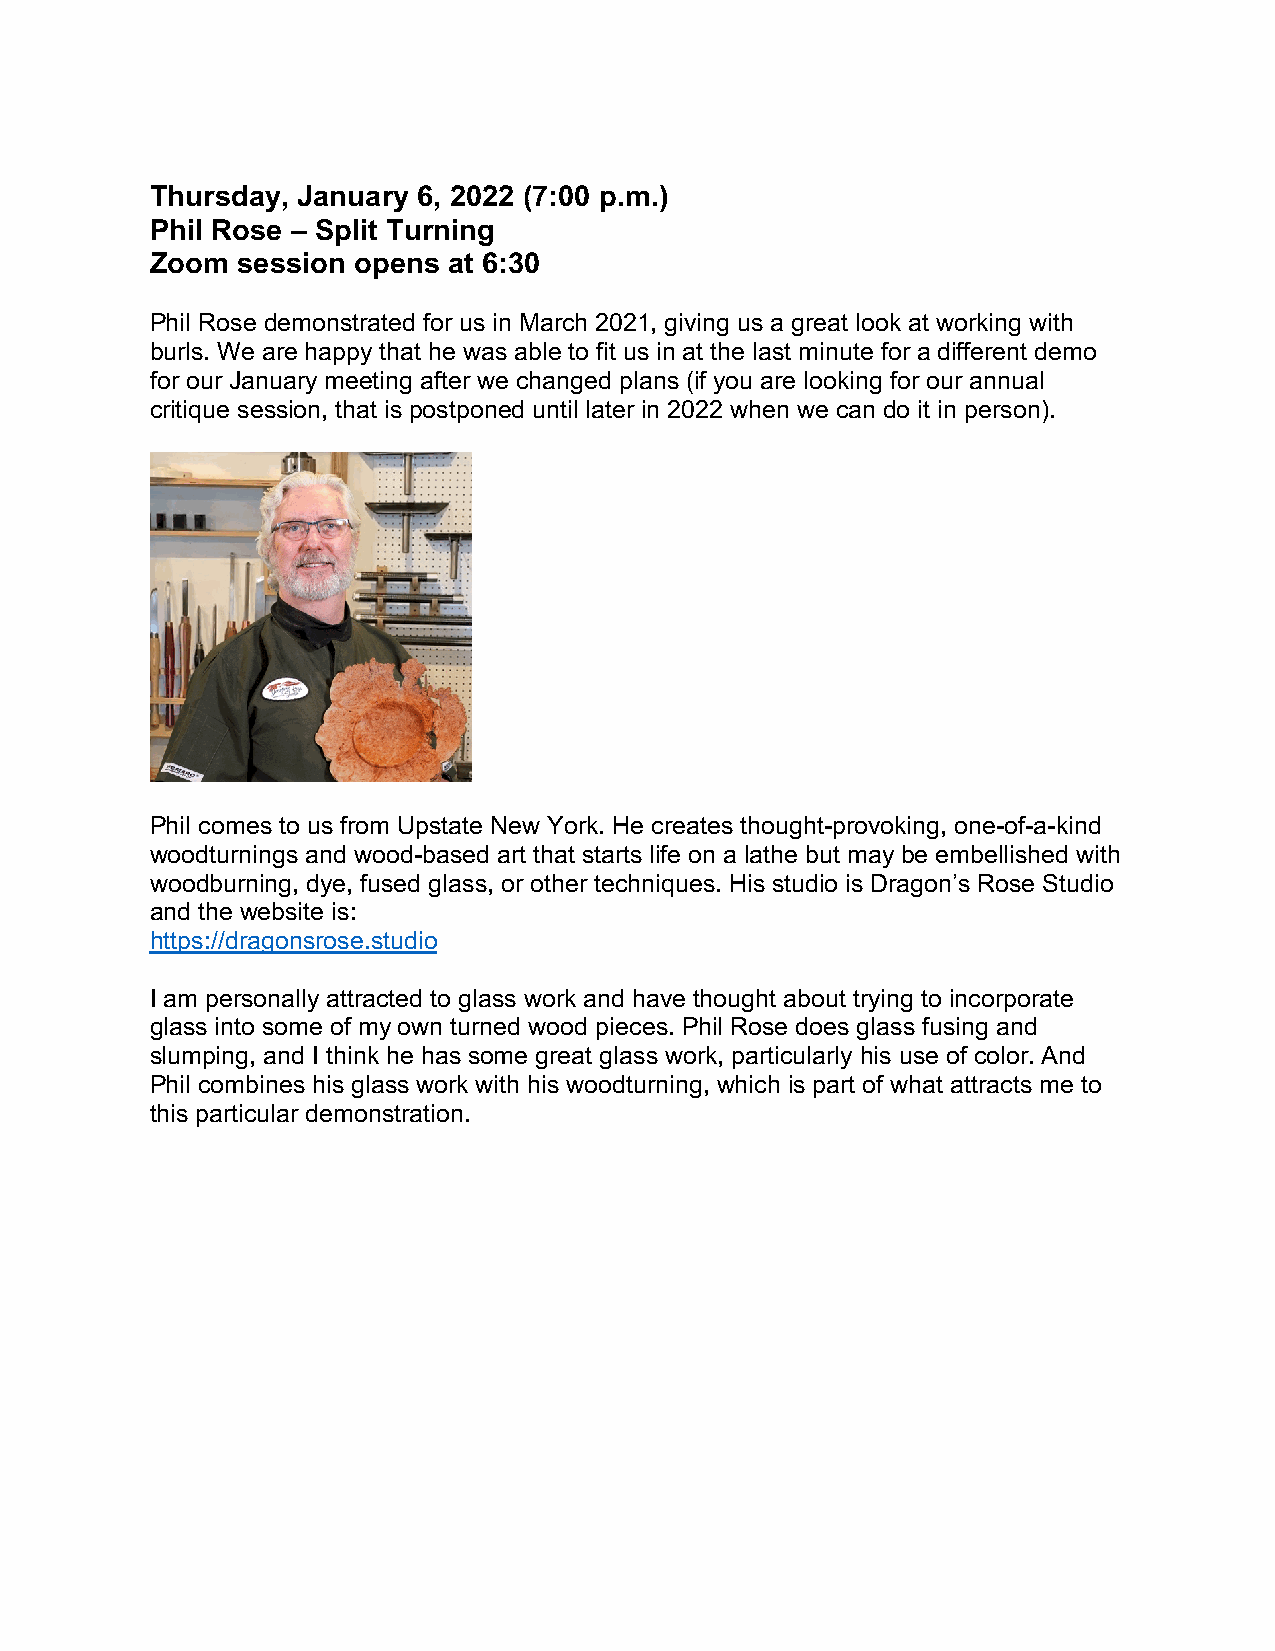
Thursday, January 6, 2022 (7:00 p.m.)
 Phil Rose – Split Turning
 Zoom  session opens at 6:30
 Phil Rose demonstrated for us in March 2021, giving us a great look at working with
 burls. We are happy that he was able to fit us in at the last minute for a different demo
 for our January meeting after we changed plans (if you are looking for our annual
 critique session, that is postponed until later in 2022 when we can do it in person).
 Phil comes to us from Upstate New York. He creates thought-provoking, one-of-a-kind
 woodturnings and wood-based art that starts life on a lathe but may be embellished with
 woodburning, dye, fused glass, or other techniques. His studio is Dragon’s Rose Studio
 and the website is:
 https://dragonsrose.studio
 I am personally attracted to glass work and have thought about trying to incorporate
 glass into some of my own turned wood pieces. Phil Rose does glass fusing and
 slumping, and I think he has some great glass work, particularly his use of color. And
 Phil combines his glass work with his woodturning, which is part of what attracts me to
 this particular demonstration.